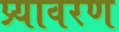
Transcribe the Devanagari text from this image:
प्र्यावरण